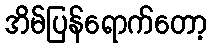
အိမ်ပြန်ရောက်တော့